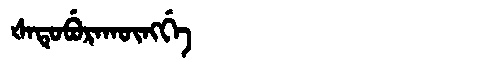
Manchu: ᡧᠠᡨᡠᠪᡠᡵᠠᡴᡡᠩᡤᡝ
Romanization: ŠATUBURAKŪNGGE